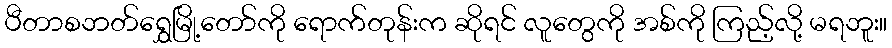
ပီတာစဘတ်ရွှေမြို့တော်ကို ရောက်တုန်းက ဆိုရင် လူတွေကို အစ်ကို ကြည့်လို့ မရဘူး။